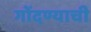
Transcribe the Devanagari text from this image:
गोंदण्याची